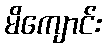
မိကျောင်း